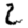
Digit: 2